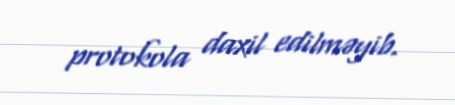
protokola daxil edilməyib.